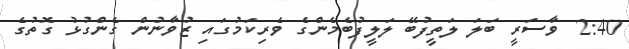
2:40  ވާސަރީ ބަލަ ލަތީފުބޭ ލަލީފުބެމެންގެ ވެރިކަމުގައި ޒުވާނުން ގެންގުޅު ގޮތުގެ